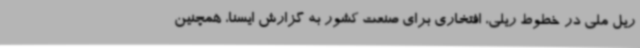
ریل ملی در خطوط ریلی، افتخاری برای صنعت کشور به گزارش ایسنا، همچنین